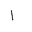
Letter: _alif